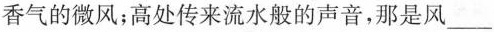
香气的微风；高处传来流水般的声音，那是风___